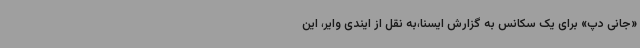
«جانی دپ» برای یک سکانس به گزارش ایسنا،به نقل از ایندی وایر، این